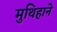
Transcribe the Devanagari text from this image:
मुथिहाने